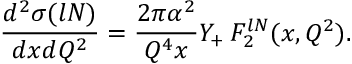
\frac { d ^ { 2 } \sigma ( l N ) } { d x d Q ^ { 2 } } = \frac { 2 \pi \alpha ^ { 2 } } { Q ^ { 4 } x } Y _ { + } \, F _ { 2 } ^ { l N } ( x , Q ^ { 2 } ) .